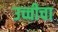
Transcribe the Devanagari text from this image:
उच्चीचा